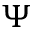
\Psi